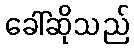
ခေါ်ဆိုသည်